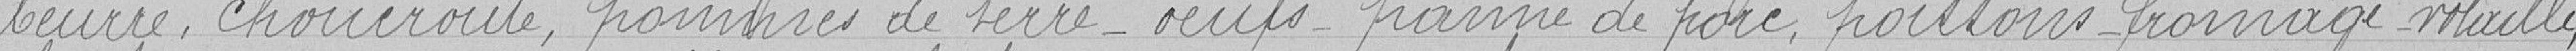
beurre, choucroute, pommes de terre - œufs- panne de porc, poissons fromage maille,